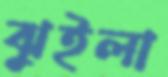
ঝুইলা